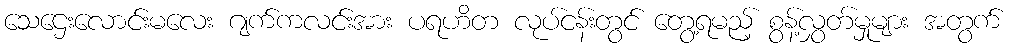
သေဌေးလောင်းမလေး ဂျက်ကလင်းအား ပရဟိတ လုပ်ငန်းတွင် တွေ့ရမည့် စွန့်လွှတ်မှုများ အတွက်